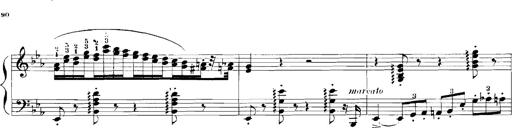
Title: Rhapsodies hongroises
Composer: Franz Liszt